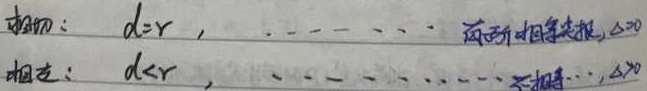
相切：$d = r$，相交：$d < r$，

此内容已符合要求，直接返回原始内容。